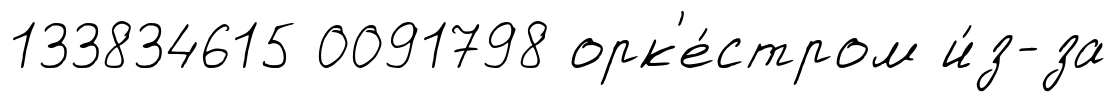
133834615 0091798 орк'е́стром и́з-за